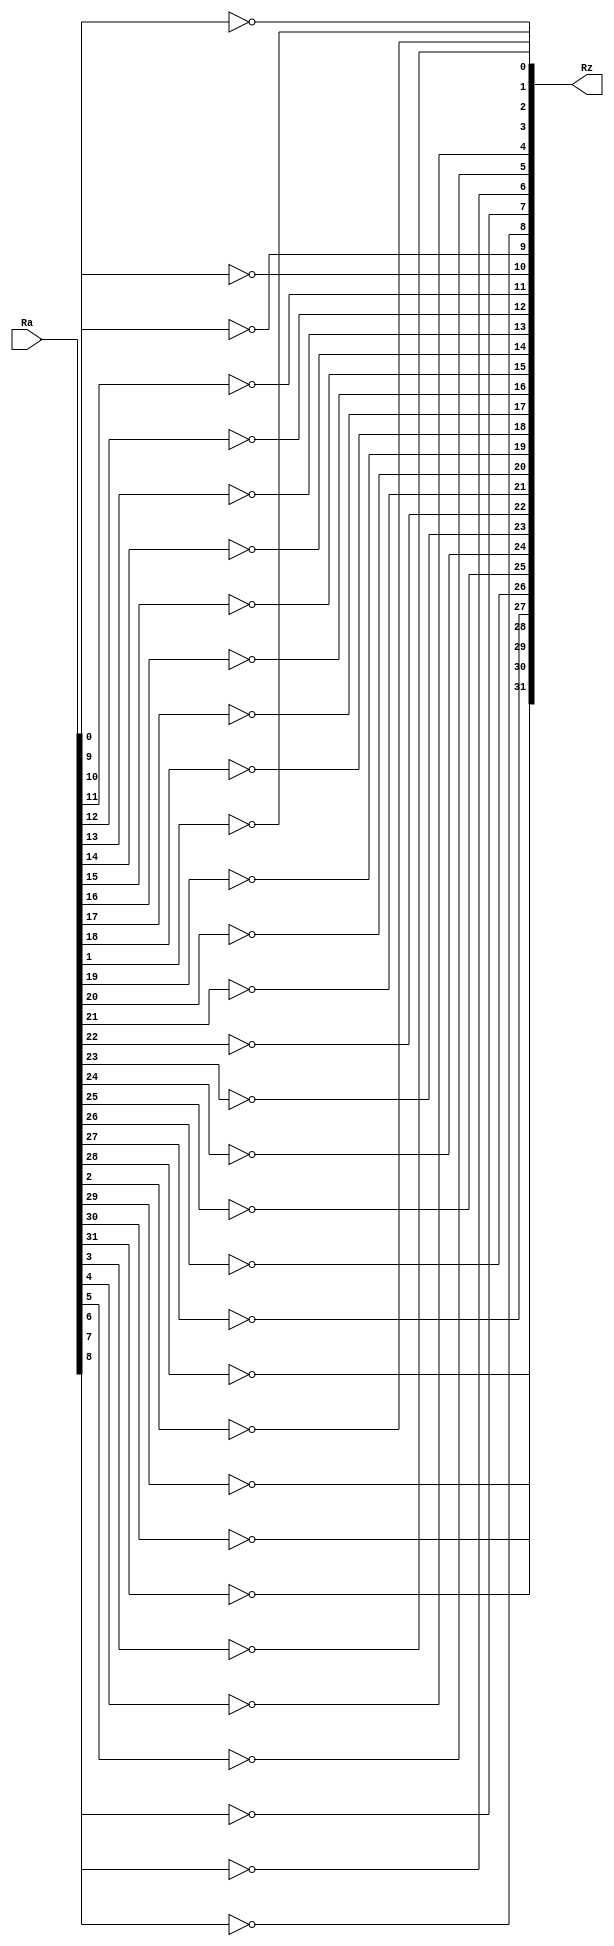
module not_32bit(
    input wire [31:0] Ra,
	output wire [31:0] Rz
	);

    genvar i;
    generate
        for(i=0;i<32;i=i+1) begin : loop
        // check with TA
       
                assign Rz[i]=~Ra[i];

        end
    endgenerate
endmodule